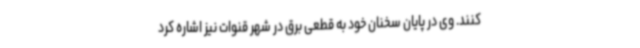
کنند. وی در پایان سخنان خود به قطعی برق در شهر قنوات نیز اشاره کرد